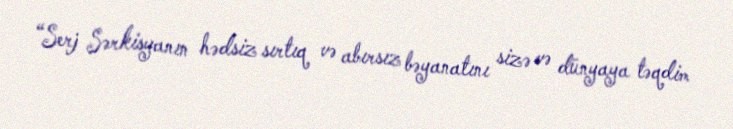
“Serj Sərkisyanın hədsiz sırtıq və abırsız bəyanatını sizə və dünyaya təqdim